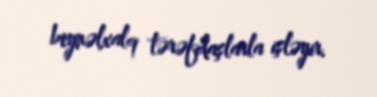
beynəlxalq tərəfdaşlarla işləyir.